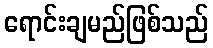
ရောင်းချမည်ဖြစ်သည်